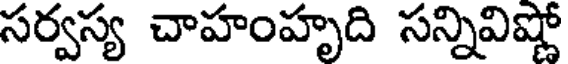
సర్వస్య చాహంహృది సన్నివిష్ణో